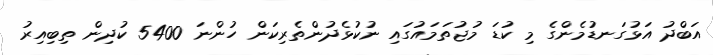
އަބްދު އަޅުގަނޑުމެންގެ މި ކުޑަ މުޖުތަމައުގައި ނުކުޅެދުންތެރިކަން ހުންނަ 5400 ކުދިން ތިބިއިރު